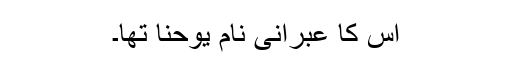
اُس کا عبرانی نام یوحنا تھا۔